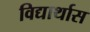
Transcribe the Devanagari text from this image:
विद्यार्थास